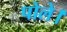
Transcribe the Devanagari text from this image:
पोले।